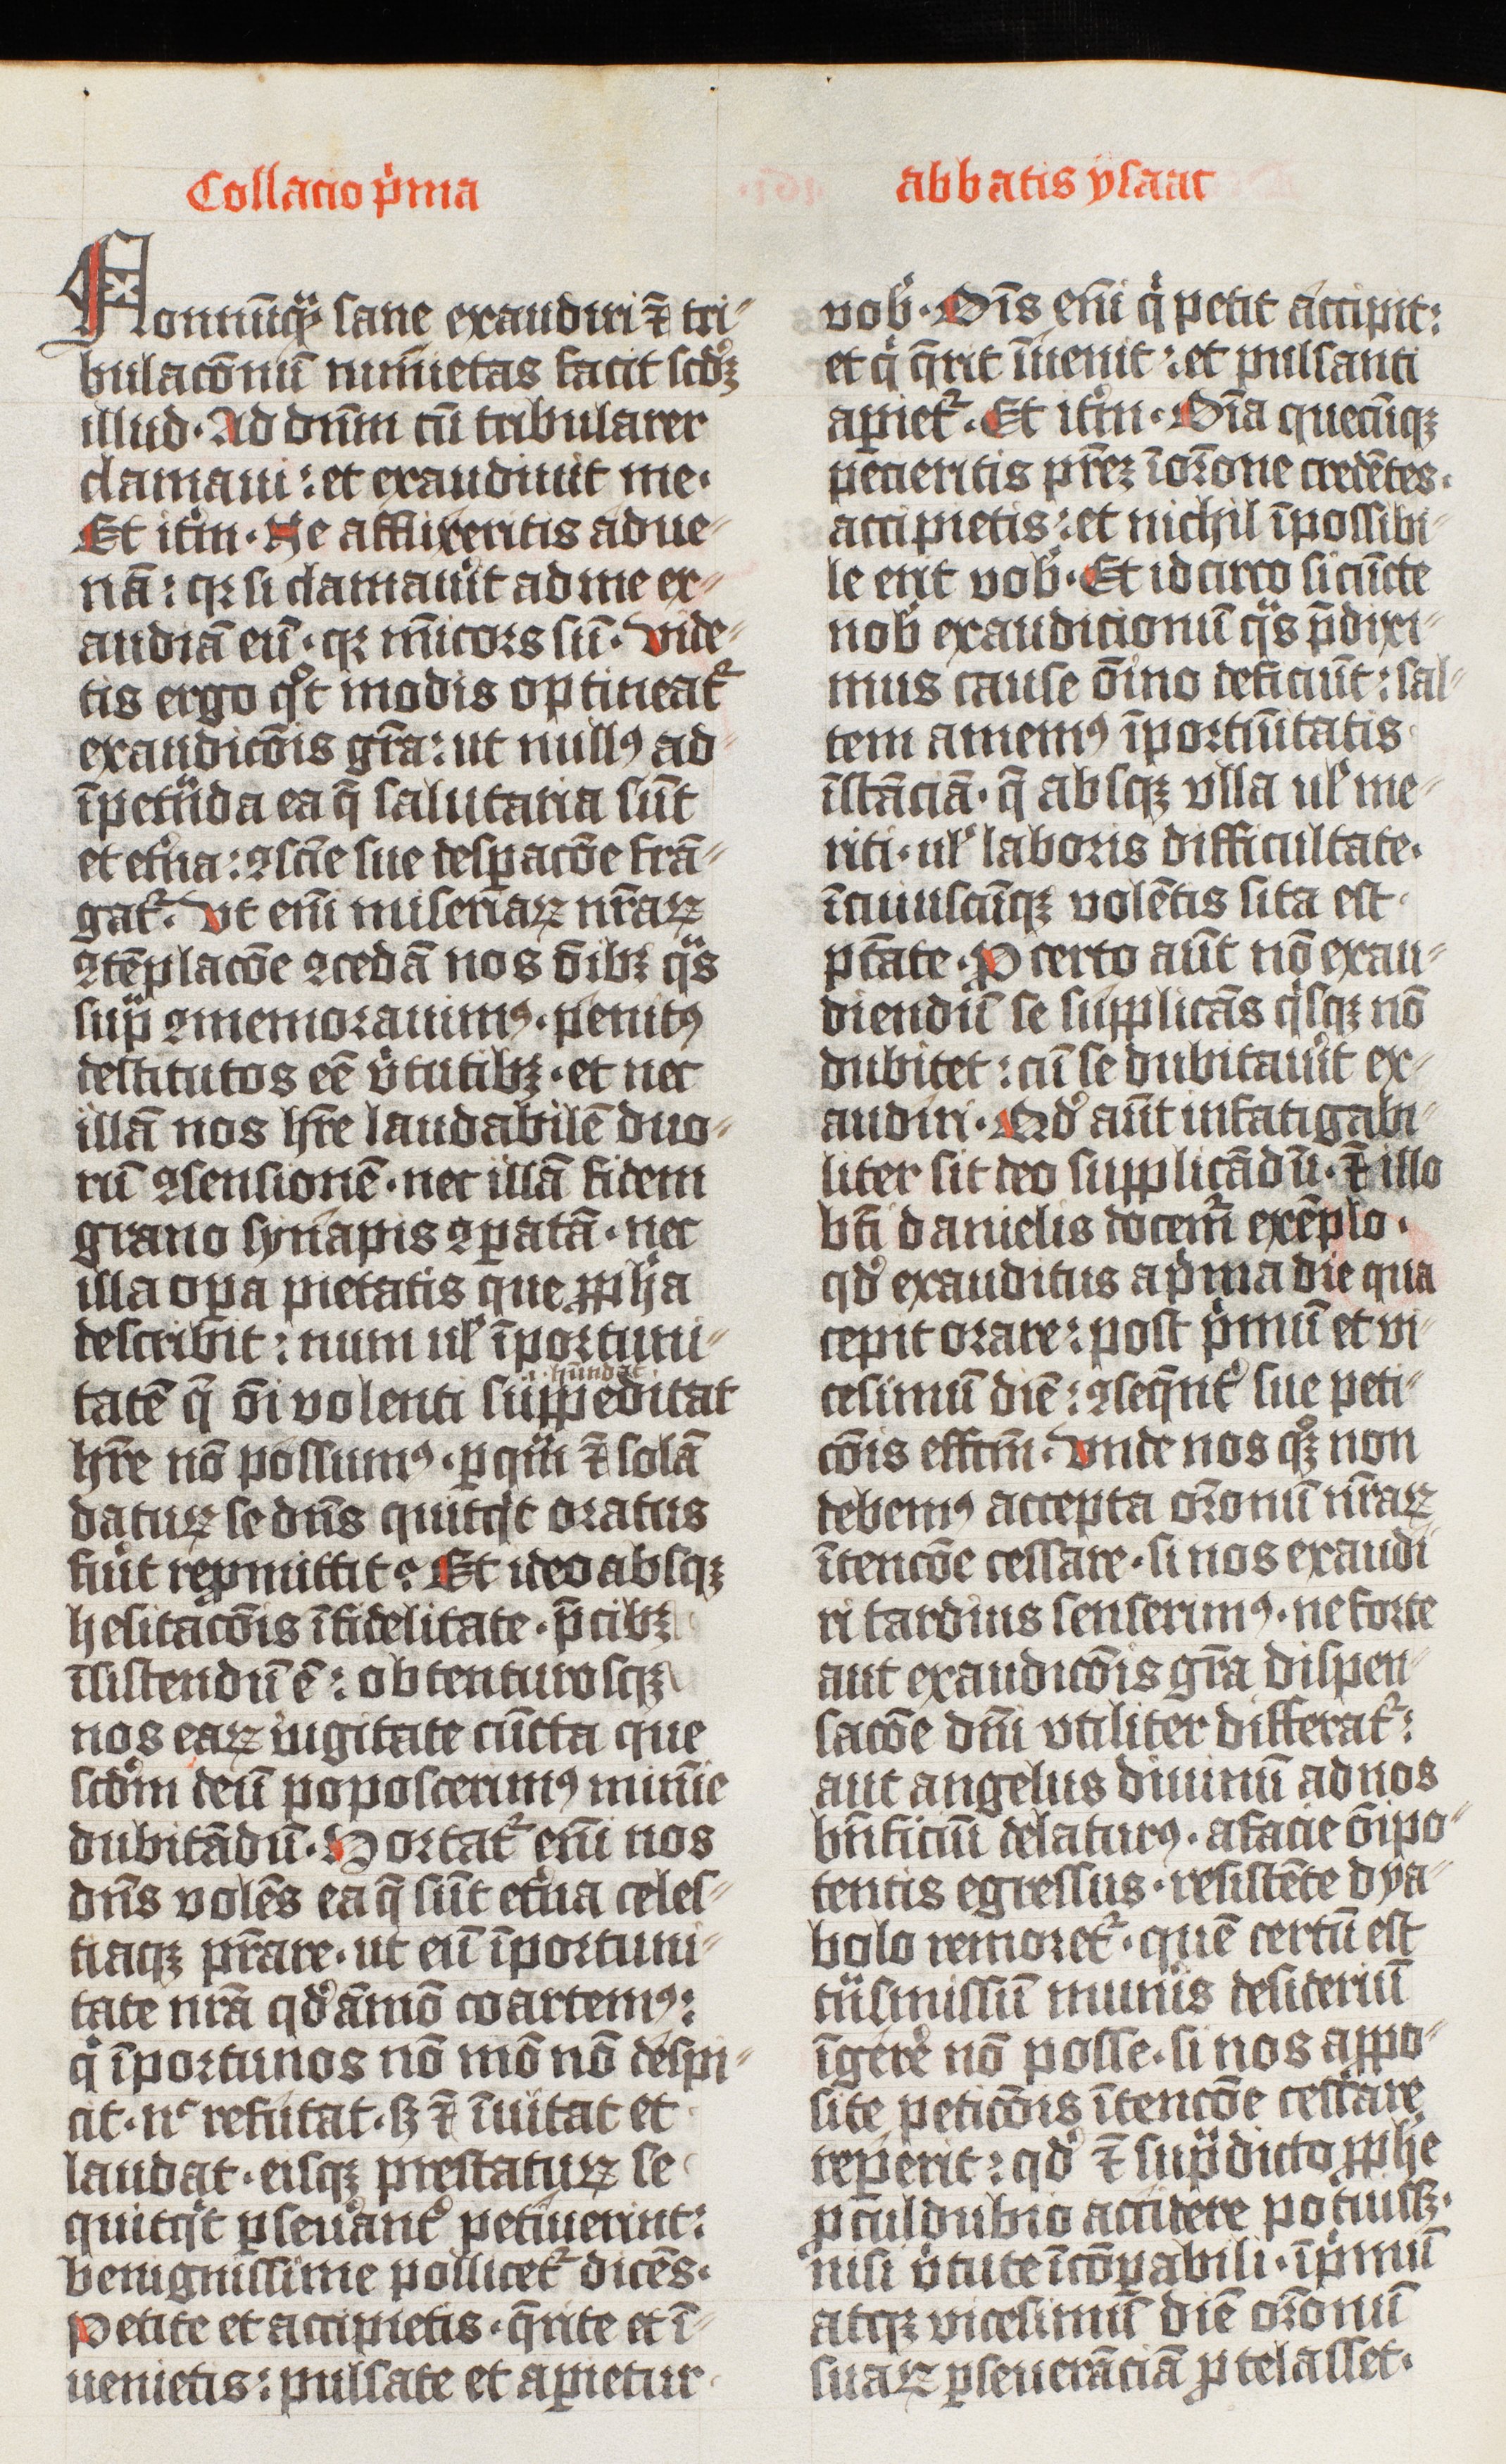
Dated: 1425–1425